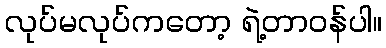
လုပ်မလုပ်ကတော့ ရဲ့တာဝန်ပါ။